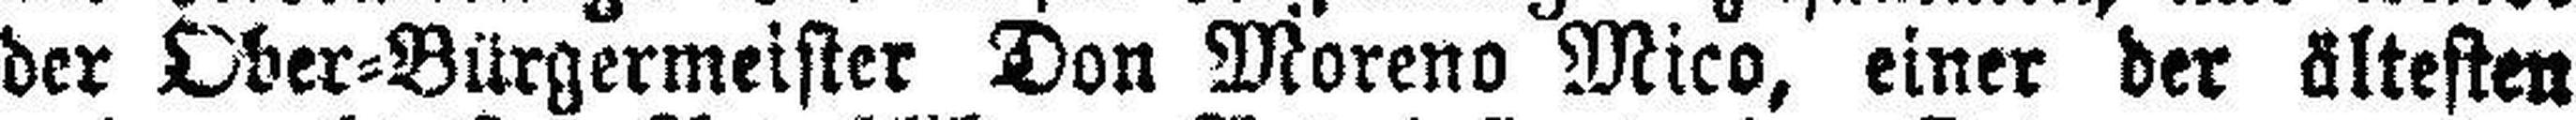
der Ober=Bürgermeister Don Moreno Mico, einer der ältesten